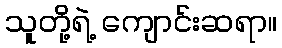
သူတို့ရဲ့ ကျောင်းဆရာ။